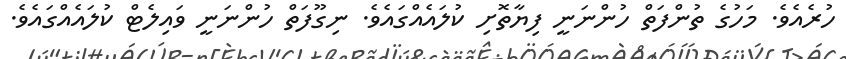
ހުރެއެވެ. މަހުގެ ތުންފަތް ހުންނަނީ ފިޔާތޮށި ކުލައެއްގައެވެ. ނިގޫފަތް ހުންނަނީ ވައިލެޓް ކުލައެއްގައެވެ.